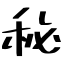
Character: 秘